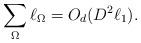
LaTeX: \begin{align*}\sum_{\Omega}\ell_\Omega = O_d(D^2\ell_1).\end{align*}